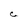
Character: C